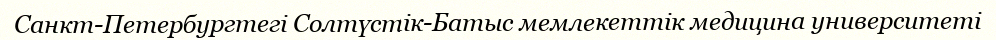
Санкт-Петербургтегі Солтүстік-Батыс мемлекеттік медицина университеті